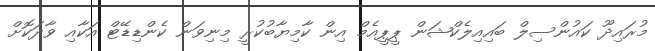
މުރައިދޫ ކައުންސިލް ބައިއިލެކްޝަން ޕީޕީއެމް އިން ކާމިޔާބުކުރީ މިނިވަން ކެންޑިޑޭޓް އަކާއި ވާދަކޮށް